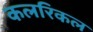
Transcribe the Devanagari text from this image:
कलरिकल